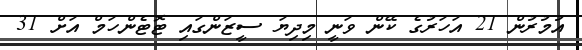
އުމުރުން 21 އަހަރުގެ ކޭން ވަނީ މިދިޔަ ސީޒަންގައި ޓޮޓެންހަމް އަށް 31